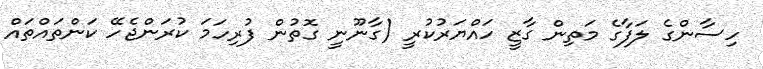
ހިސާންގެ ލަފާގެ މަތިން ގާޒީ ހައްޔަރުކުރީ (ގާނޫނީ ގޮތުން ފުރިހަމަ ކުރަންޖެހޭ ކަންތައްތައް